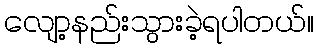
လျော့နည်းသွားခဲ့ရပါတယ်။